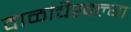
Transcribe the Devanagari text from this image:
दाळचिखल्या